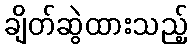
ချိတ်ဆွဲထားသည့်